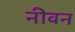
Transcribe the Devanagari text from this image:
नीवन